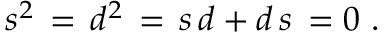
s ^ { 2 } \, = \, d ^ { 2 } \, = \, s \, d + d \, s \, = 0 \ .